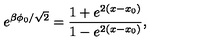
e ^ { \beta \phi _ { 0 } / \sqrt { 2 } } = \frac { 1 + e ^ { 2 ( x - x _ { 0 } ) } } { 1 - e ^ { 2 ( x - x _ { 0 } ) } } ,